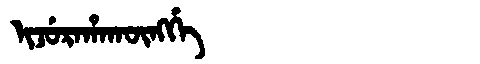
Manchu: ᡳᠵᡠᡵᠠᡥᠠᡴᡡᠩᡤᡝ
Romanization: IJURAHAKŪNGGE